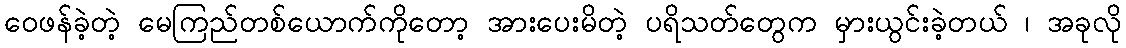
ဝေဖန်ခဲ့တဲ့ မေကြည်တစ်ယောက်ကိုတော့ အားပေးမိတဲ့ ပရိသတ်တွေက မှားယွင်းခဲ့တယ် ၊ အခုလို